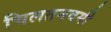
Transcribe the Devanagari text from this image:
चिलतनवमी